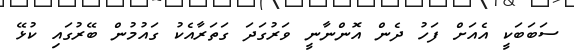
ސަބަބަކީ އެއަށް ފަހު ދެން އޮންނާނީ ވަރުގަދަ ގަތަރާއެކު ގައުމުން ބޭރުގައި ކުޅޭ